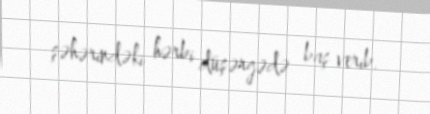
şəhərindəki hərbi düşərgədə baş verib.